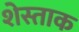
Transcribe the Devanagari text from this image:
शेस्ताक